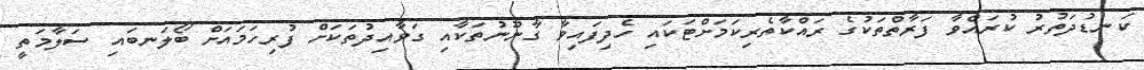
ކަނޑުދަތުރު ކުރައްވާ ފަރާތްތަކުގެ ރައްކާތެރިކަމަށްޓަކައި ހެދިފައިވާ ގާނޫނުތަކާއި ގަވާއިދުތަކަށް ފުރިހަމައަށް ބޯލަނބައި ސަލާމަތީ